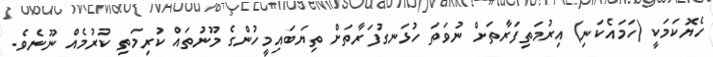
ހެޔޮކަމަކީ (ހަމައެކަނި) އިރުމަތިފަރާތަށް ނުވަތަ ހުޅަނގުފަރާތަށް ތިޔަބައިމީހުންގެ މޫނުތައް ކުރިމަތި ކުރުމެއް ނޫނެވެ.